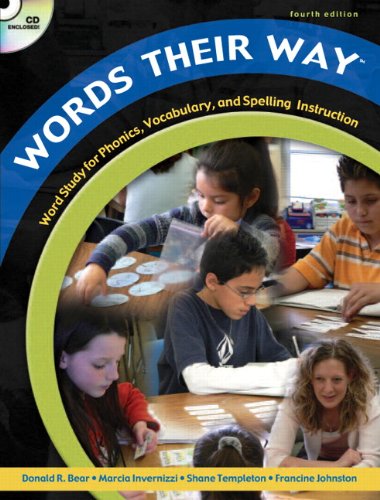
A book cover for Words Their Way: Word Study for Phonics, Vocabulary, and Spelling Instruction, 4th Edition (Book, CD & DVD); Donald R. Bear; Reference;